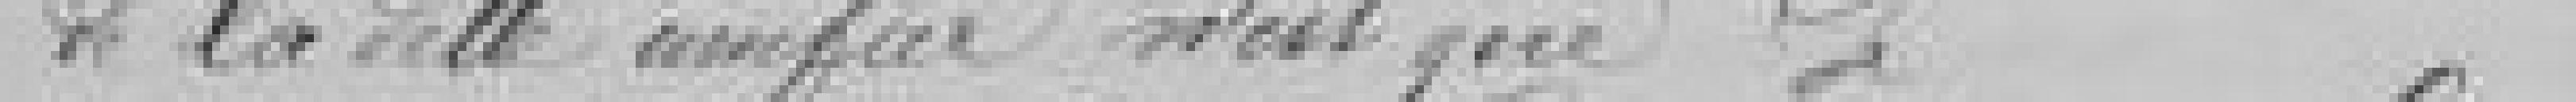
de la dette unitaire n'est que de